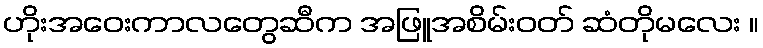
ဟိုးအဝေးကာလတွေဆီက အဖြူအစိမ်းဝတ် ဆံတိုမလေး ။